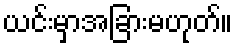
ယင်းမှာအခြားမဟုတ်။